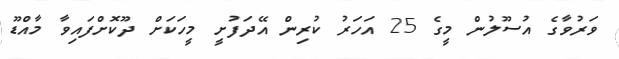
ވަރުވާގެ އުސޫލުން މީގެ 25 އަހަރު ކުރިން އޭދަފުށީ މީހަކަށް ދޫކޮށްފައިވާ މާއްޑޫ